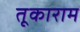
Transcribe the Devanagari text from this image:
तूकाराम